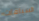
السباقات